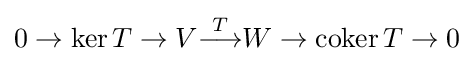
0\to \ker T\to V{\overset {T}{\longrightarrow }}W\to \operatorname {coker} T\to 0